Vaccination Hyderabad 1890-1903 - 1890-1903
Year: 1890
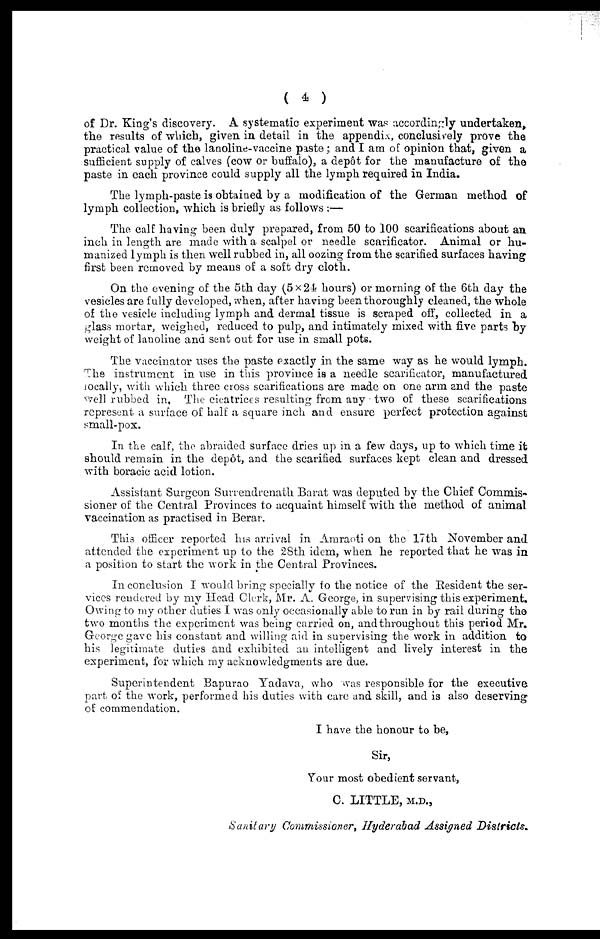
( 4 )
of Dr. King's discovery. A systematic experiment was accordingly undertaken,
the results of which, given in detail in the appendix, conclusively prove the
practical value of the lanoline-vaccine paste; and I am of opinion that, given a
sufficient supply of calves (cow or buffalo), a depôt for the manufacture of the
paste in each province could supply all the lymph required in India.
The lymph-paste is obtained by a modification of the German method of
lymph collection, which is briefly as follows :—
The calf having been duly prepared, from 50 to 100 scarifications about an
inch in length are made with a scalpel or needle scarificator. Animal or hu-
manized lymph is then well rubbed in, all oozing from the scarified surfaces having
first been removed by means of a soft dry cloth.
On the evening of the 5th day (5×24 hours) or morning of the 6th day the
vesicles are fully developed, when, after having been thoroughly cleaned, the whole
of the vesicle including lymph and dermal tissue is scraped off, collected in a
glass mortar, weighed, reduced to pulp, and intimately mixed with five parts by
weight of lanoline and sent out for use in small pots.
The vaccinator uses the paste exactly in the same way as he would lymph.
The instrument in use in this province is a needle scarificator, manufactured
locally, with which three cross scarifications are made on one arm and the paste
well rubbed in. The cicatrices resulting from any two of these scarifications
represent a surface of half a square inch and ensure perfect protection against
small-pox.
In the calf, the abraided surface dries up in a few days, up to which time it
should remain in the depôt, and the scarified surfaces kept clean and dressed
with boracic acid lotion.
Assistant Surgeon Surrendrenath Barat was deputed by the Chief Commis-
sioner of the Central Provinces to acquaint himself with the method of animal
vaccination as practised in Berar.
This officer reported his arrival in Amraoti on the 17th November and
attended the experiment up to the 28th idem, when he reported that he was in
a position to start the work in the Central Provinces.
In conclusion I would bring specially to the notice of the Resident the ser-
vices rendered by my Head Clerk, Mr. A. George, in supervising this experiment.
Owing to my other duties I was only occasionally able to run in by rail during the
two months the experiment was being carried on, and throughout this period Mr.
George gave his constant and willing aid in supervising the work in addition to
his legitimate duties and exhibited an intelligent and lively interest in the
experiment, for which my acknowledgments are due.
Superintendent Bapurao Yadava, who was responsible for the executive
part of the work, performed his duties with care and skill, and is also deserving
of commendation.
I have the honour to be,
Sir,
Your most obedient servant,
C. LITTLE, M.D.,
Sanitary Commissioner, Hyderabad Assigned Districts.